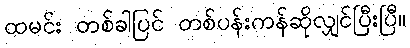
ထမင်း တစ်ခါပြင် တစ်ပန်းကန်ဆိုလျှင်ပြီးပြီ။